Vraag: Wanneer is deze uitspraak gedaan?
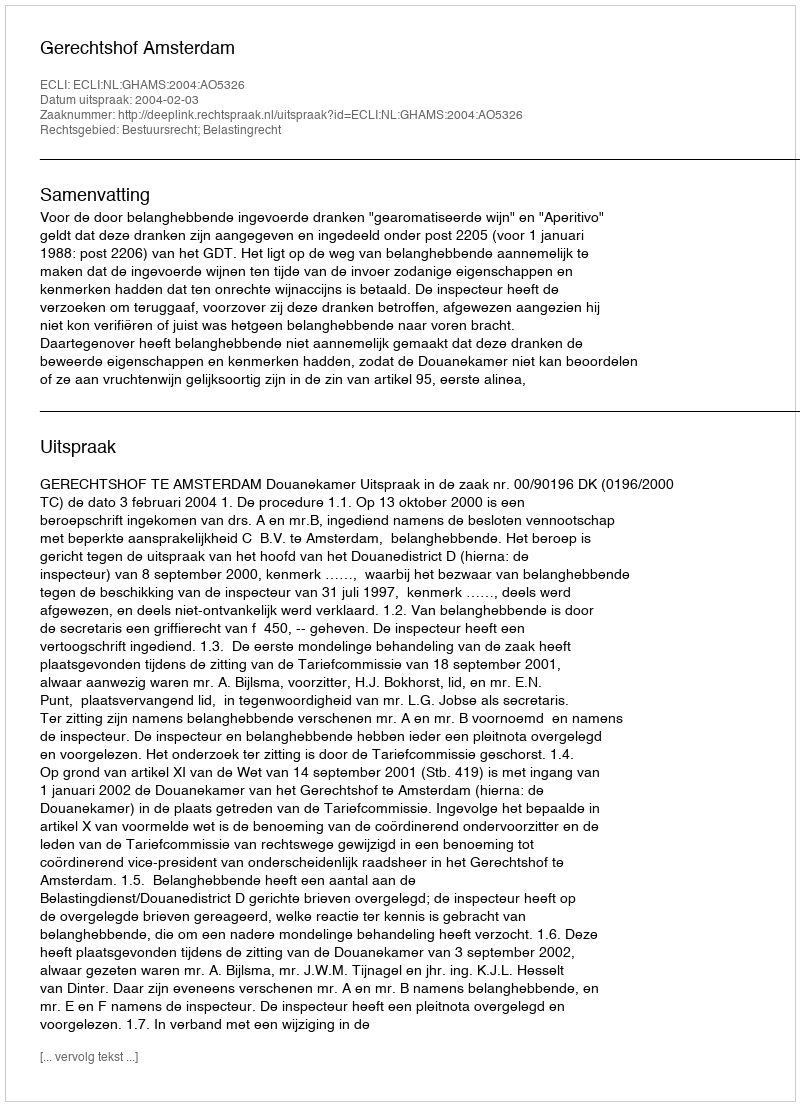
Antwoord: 2004-02-03